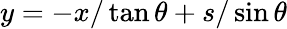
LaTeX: y=-x/\tan\theta+s/\sin\theta